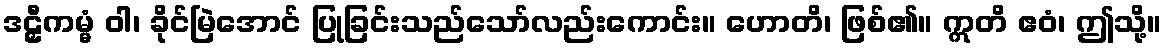
ဒဠှီကမ္မံ ဝါ၊ ခိုင်မြဲအောင် ပြုခြင်းသည်သော်လည်းကောင်း။ ဟောတိ၊ ဖြစ်၏။ ဣတိ ဧဝံ၊ ဤသို့။